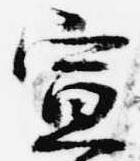
宣